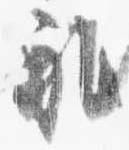
礼